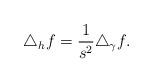
LaTeX: \begin{align*} \triangle_hf= \frac{1}{s^2}\triangle_{\gamma}f.\end{align*}